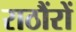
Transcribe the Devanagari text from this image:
राठौंरों